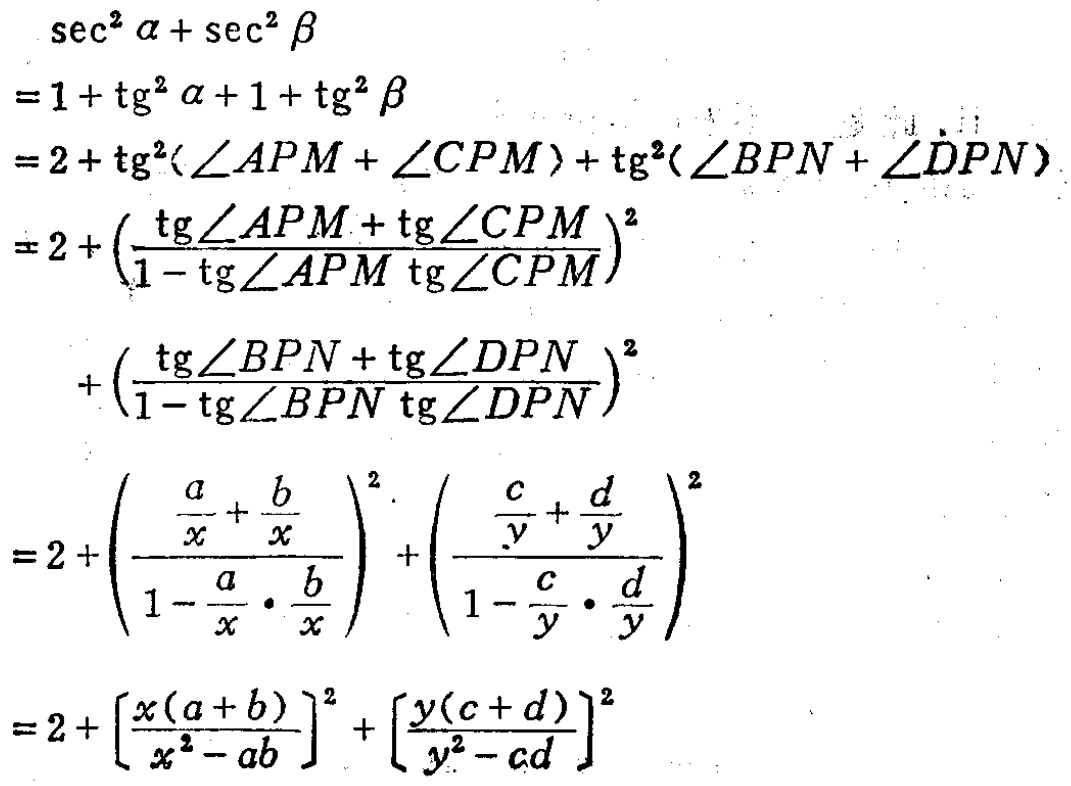
\begin{align*}
&\sec^{2}\alpha+\sec^{2}\beta\\
=&1 + \tg^{2}\alpha+1+\tg^{2}\beta\\
=&2+\tg^{2}(\angle APM+\angle CPM)+\tg^{2}(\angle BPN+\angle DPN)\\
=&2+\left(\frac{\tg\angle APM+\tg\angle CPM}{1 - \tg\angle APM\ \tg\angle CPM}\right)^{2}\\
&\quad+\left(\frac{\tg\angle BPN+\tg\angle DPN}{1 - \tg\angle BPN\ \tg\angle DPN}\right)^{2}\\
=&2+\left(\frac{\frac{a}{x}+\frac{b}{x}}{1-\frac{a}{x}\cdot\frac{b}{x}}\right)^{2}+\left(\frac{\frac{c}{y}+\frac{d}{y}}{1-\frac{c}{y}\cdot\frac{d}{y}}\right)^{2}\\
=&2+\left[\frac{x(a + b)}{x^{2}-ab}\right]^{2}+\left[\frac{y(c + d)}{y^{2}-cd}\right]^{2}
\end{align*}